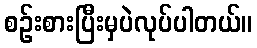
စဉ်းစားပြီးမှပဲလုပ်ပါတယ်။